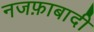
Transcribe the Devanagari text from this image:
नजफ़ाबादी